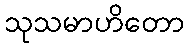
သုသမာဟိတော